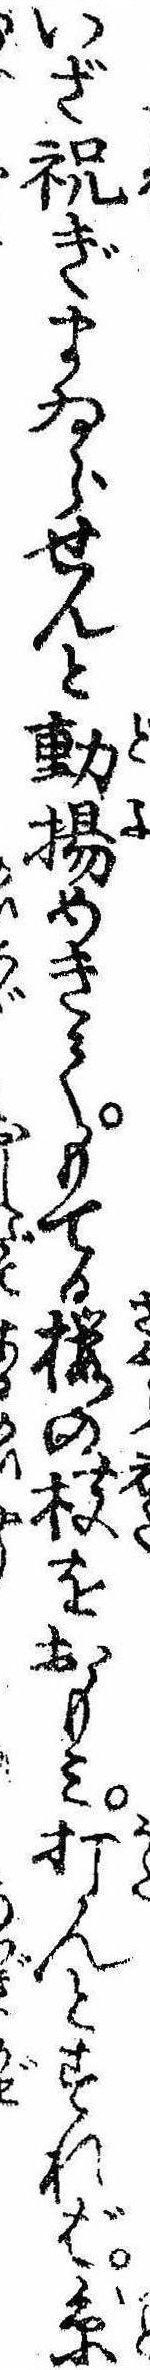
いざ祝ぎまゐらせんと動揚めきてもてる桜の枝をおもみ打んとすれば糸